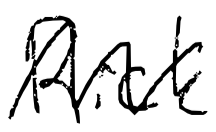
Text: Rick
Cross-out: zig-zag
Writing tool: digital_black